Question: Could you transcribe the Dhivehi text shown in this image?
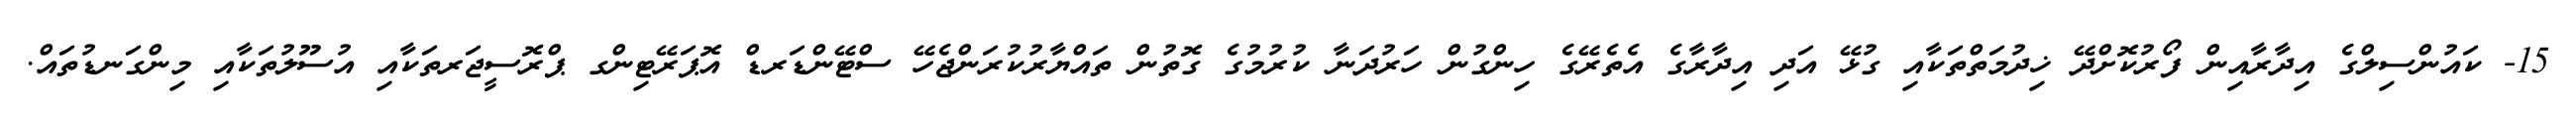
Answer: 15- ކައުންސިލްގެ އިދާރާއިން ފޯރުކޮށްދޭ ޚިދުމަތްތަކާއި ގުޅޭ އަދި އިދާރާގެ އެތެރޭގެ ހިންގުން ހަރުދަނާ ކުރުމުގެ ގޮތުން ތައްޔާރުކުރަންޖެހޭ ސްޓޭންޑަރޑް އޮޕަރޭޓިންގ ޕްރޮސީޖަރތަކާއި އުސޫލުތަކާއި މިންގަނޑުތައް.